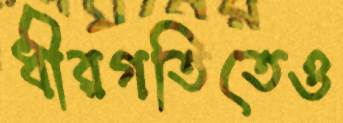
ধীরগতিতেও